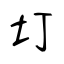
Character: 圢